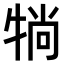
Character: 𤙽